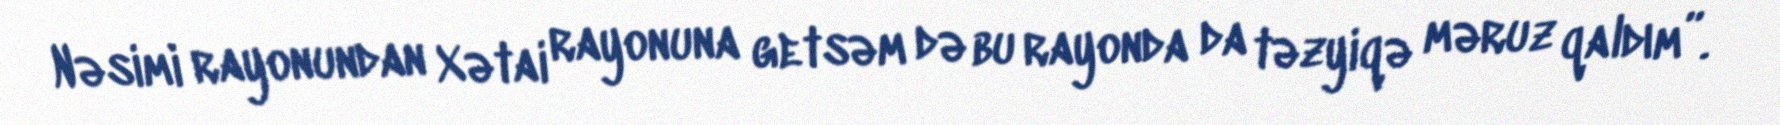
Nəsimi rayonundan Xətai rayonuna getsəm də bu rayonda da təzyiqə məruz qaldım”.